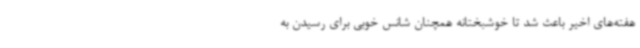
هفته‌های اخیر باعث شد تا خوشبختانه همچنان شانس خوبی برای رسیدن به